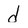
Character: d